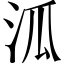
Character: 泒